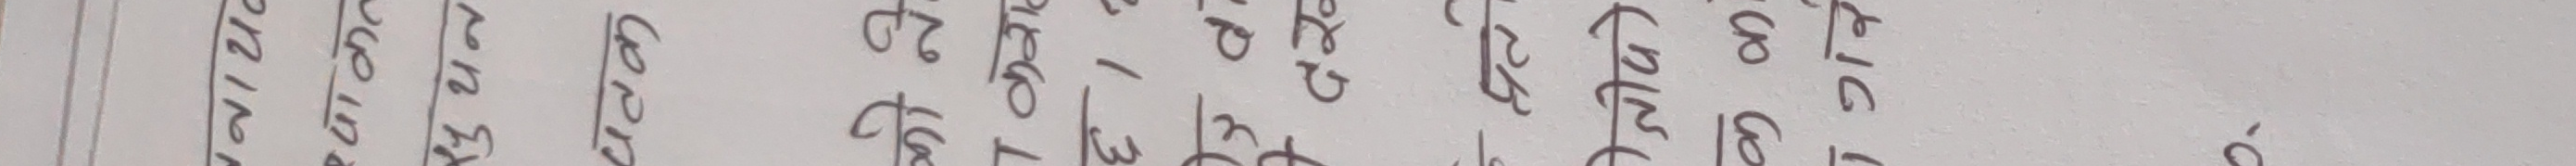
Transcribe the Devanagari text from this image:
व वा वि वी वु वू वृ वे वै वो वौ वं वः
क का कि की कु कू कृ के कै को कौ कं कः
ख खा खि खी खु खू खृ खे खै खो खौ खं खः
ग गा गि गी गु गू गृ गे गै गो गौ गं गः
घ घा घि घी घु घू घृ घे घै घो घौ घं घः